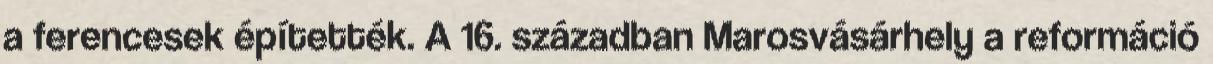
a ferencesek építették. A 16. században Marosvásárhely a reformáció